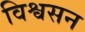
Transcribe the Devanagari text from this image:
विश्वसन